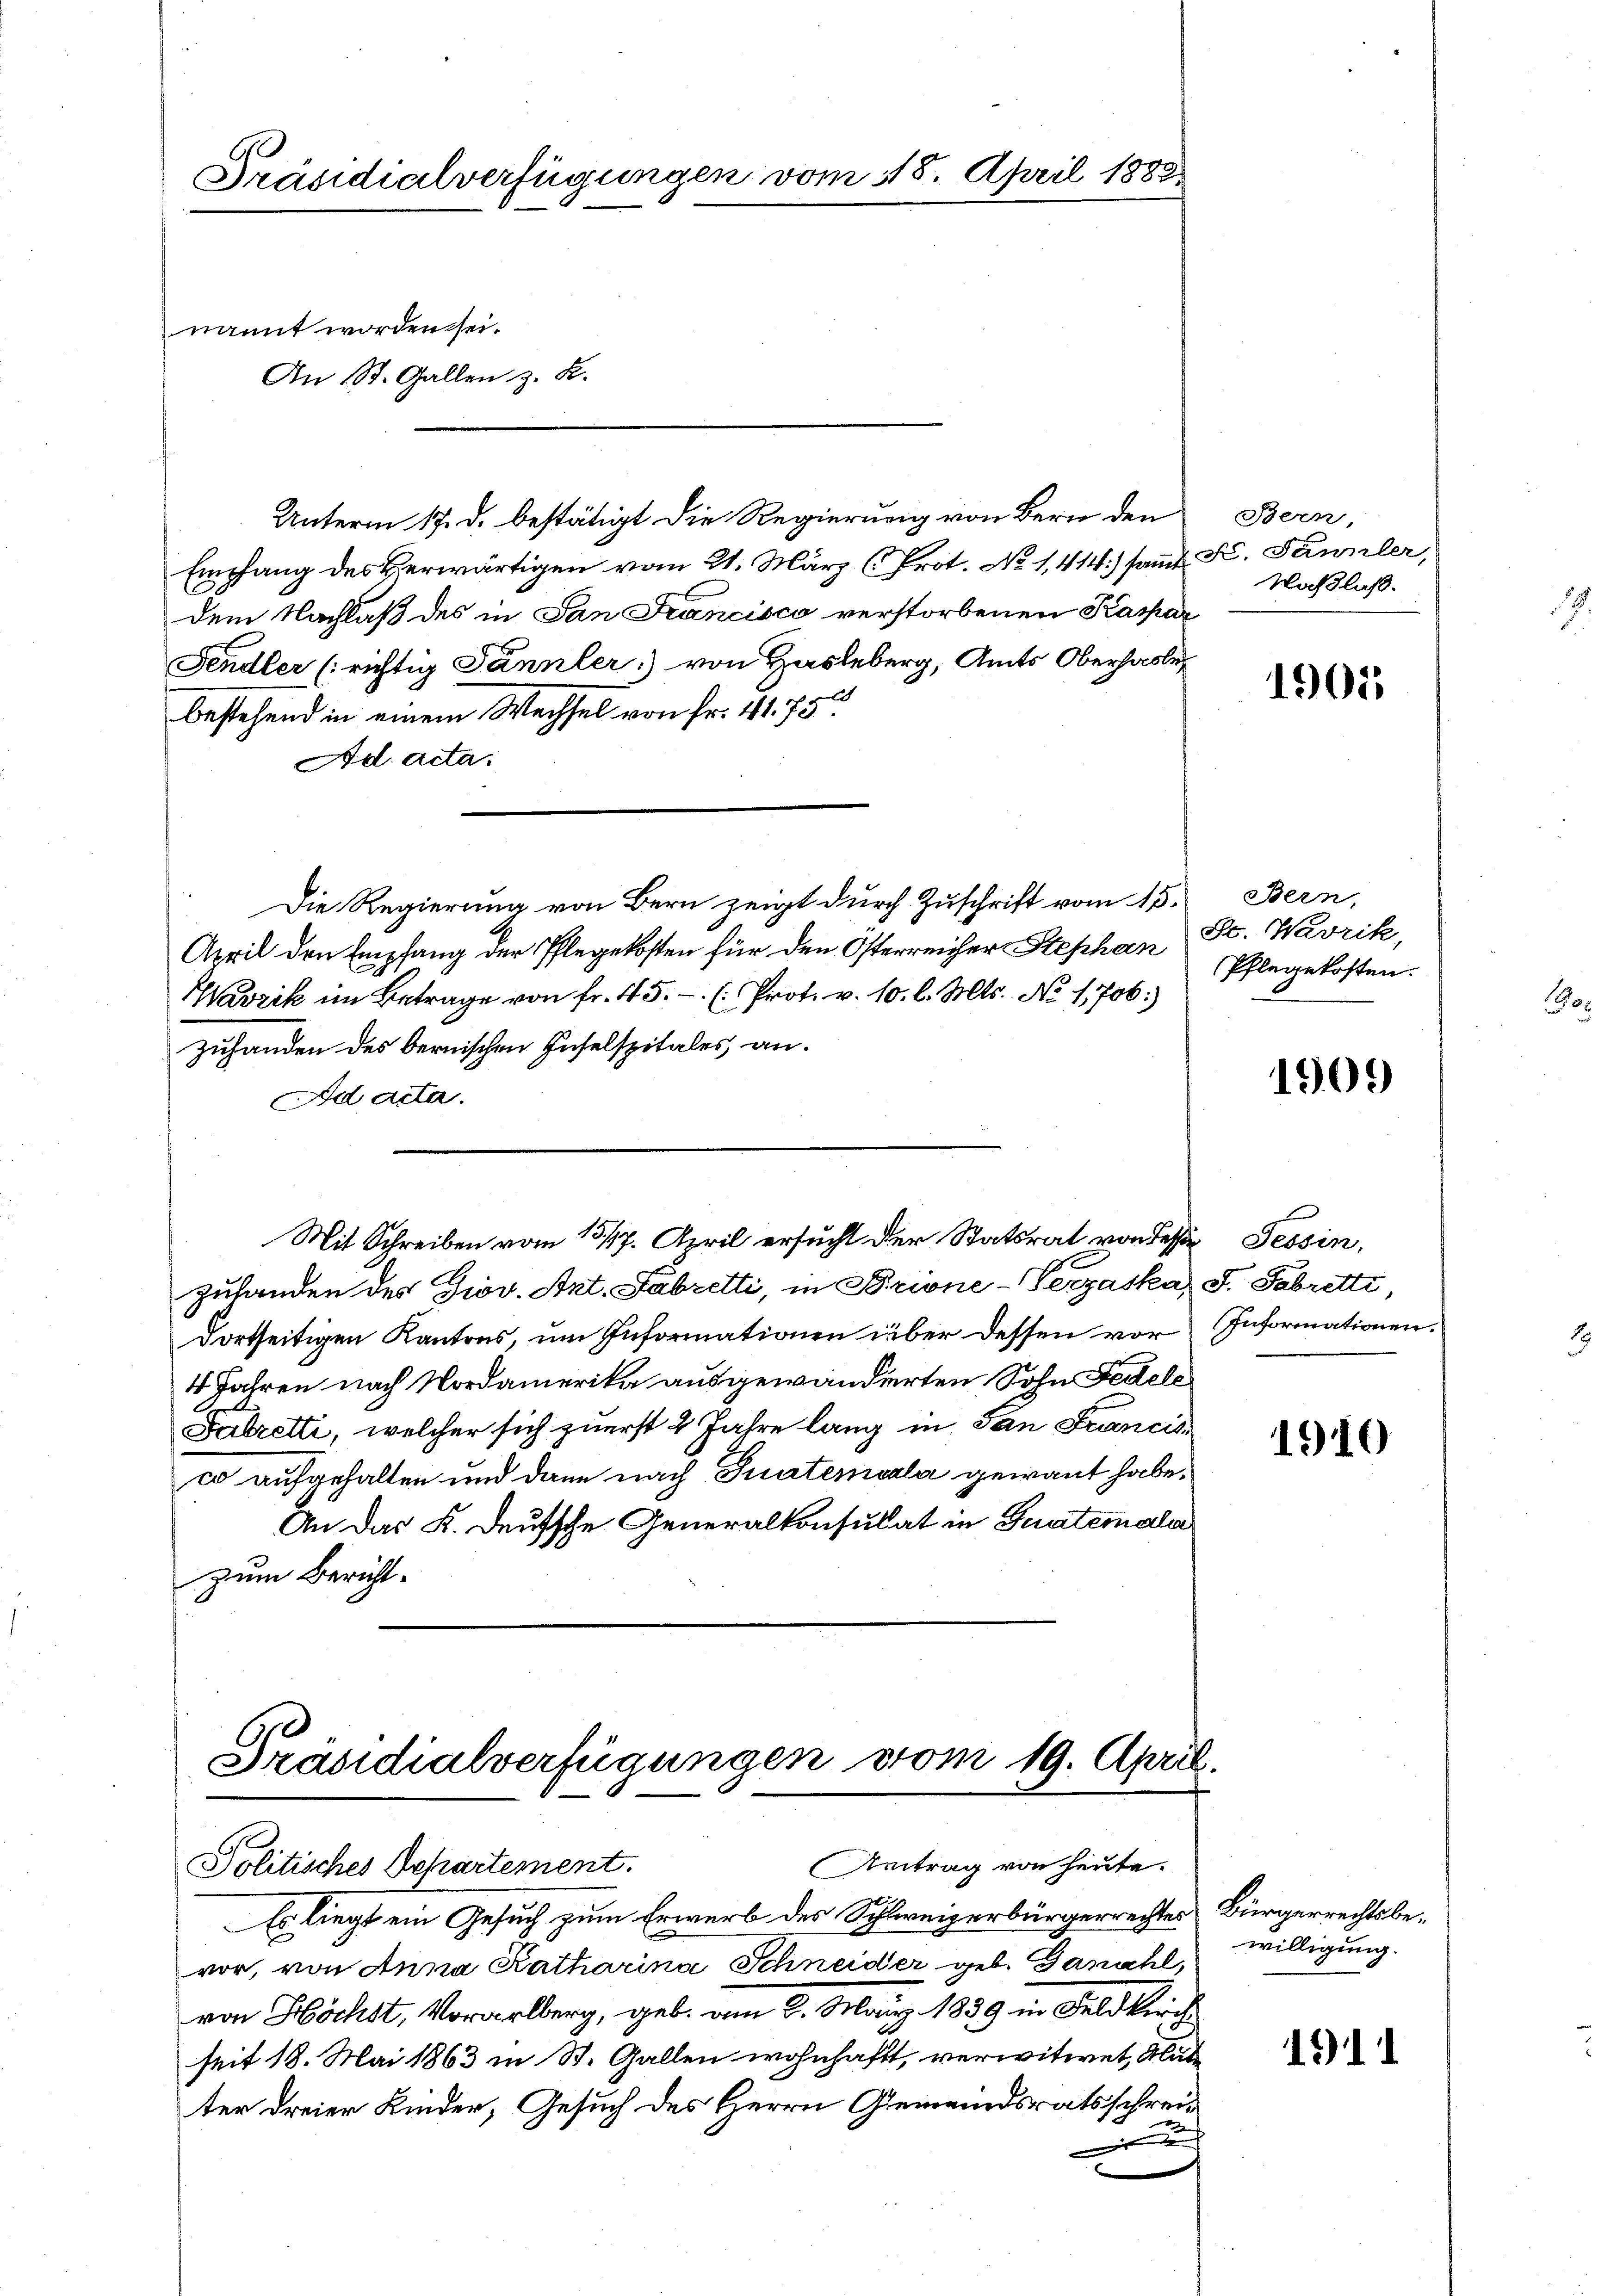
Präsidialverfügungen vom 18. April 1882.
nannt worden sei.
An St. Gallen z. B.

Empfang des Verwärtigen vom 21. März (Prot. No 1,414) sammt
dem Nachlaß des in San Francisco verstorbenen Kaspar
Fendler (richtig Tannler) von Hasleberg, Amts Oberhasler
bestehend in einem Wechsel von Fr. 41. 75.
Ad acta.
Die Regierung von Bern zeigt durch Zuschrift vom 15. Bern,
April den Empfang der Pflegekosten für den Österreicher Stephan
Wavrik im Betrage von fr. 45. (Prot. v. 10. l. Mts. No 1,706:
zuhanden des bernischen Inselspitales an.
Ad acta.
Mit Schreiben vom 15./17. April ersucht der Statsrat von desse Tessin,
zuhanden des Giov. Ant. Fabretti, in Brione-Verzaska, S. Fabretti,
dortseitigen Kantons, um Informationen über dessen vor Informationen.
4 Jahren nach Nordamerika ausgewandierten Sohn Fedele
Pabretti, welcher sich zuerst 2 Jahre lang in San Francisco aufgehalten und dann nach Guatemcala gewant habe.
An das K. Deutsche Generalkonsulat in Guatemalia
zum Bericht.

Präsidialverfügungen vom 19. April.
Antrag von heute.
Politisches Departement.

Es liegt ein Gesuch zum Erwerb des Schweizerbürgerrechtes Bürgerrechtsbevor, von Anna Katharina Schneider geb. Ganahl,
von Höchst, Vorarlberg, geb. am 2. März 1889 in Feldkirch
seit 18. Mai 1863 in St. Gallen wohnhaft, verwitwet, Glat
ter dreier Kinder, Gesuch des Herrn Gemeindsratsschrei¬
A

Unterm 17. d. bestätigt die Regierung von Bern den

Bern,
X. Sannler,
Naßlaß.

1905

Sc. Warrik,
Pflegekosten.

1909

1910

willigung.
1911